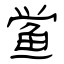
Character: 鲎